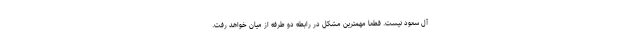
آل سعود نیست. قطعا مهمترین مشکل در رابطه دو طرفه از میان خواهد رفت.